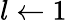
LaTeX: l\gets 1